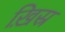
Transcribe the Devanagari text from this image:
ख़िस्र